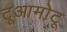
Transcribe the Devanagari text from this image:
टूआमोटू